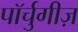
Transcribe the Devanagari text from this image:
पॉर्चुगीज़